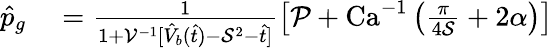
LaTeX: \begin{array}{rl}{\hat{p}_{g}}&{{}=\frac{1}{1+\mathcal{V}^{-1}[\hat{V}_{b}(\hat{t})-\mathcal{S}^{2}-\hat{t}]}\left[\mathcal{P}+\textrm{Ca}^{-1}\left(\frac{\pi}{4\mathcal{S}}+2\alpha\right)\right]}\end{array}